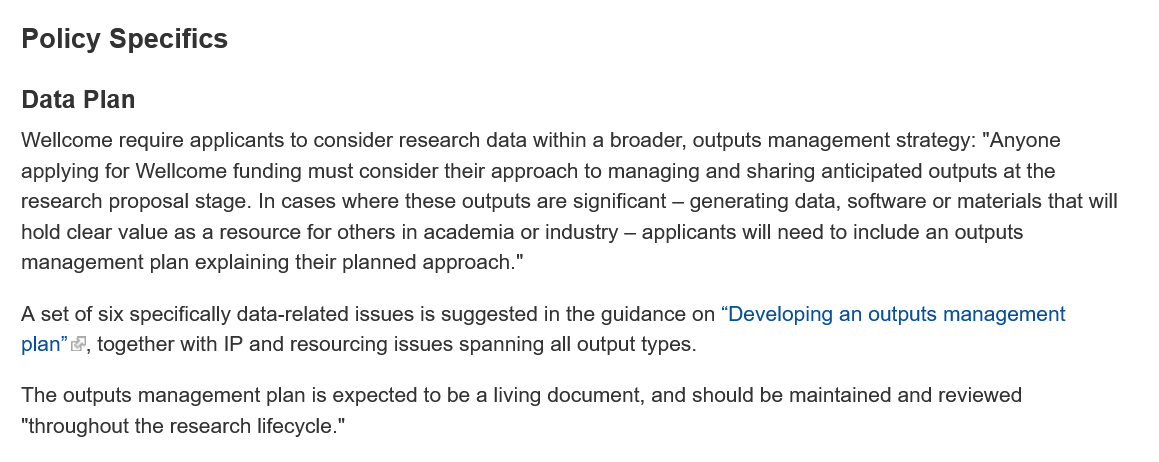
Policy  Specifics
   Data Plan
  Wellcome  require applicants to consider research data within a broader, outputs management strategy: "Anyone
   applying for Wellcome funding must consider their approach to managing and sharing anticipated outputs at the
   research proposal stage. In cases where these outputs are significant — generating data, software or materials that will
   hold clear value as a resource for others in academia or industry — applicants will need to include an outputs
   management plan explaining their planned approach."
  Aset of six specifically data-related issues is suggested in the guidance on “Developing an outputs management
   plan”, together with IP and resourcing issues spanning all output types.
  The  outputs management plan is expected to be
  a
     living document, and should be maintained and reviewed
   “throughout the research lifecycle."